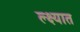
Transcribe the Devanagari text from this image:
ल्क्ष्यात